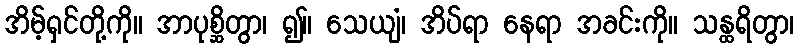
အိမ့်ရှင်တို့ကို။ အာပုစ္ဆိတွာ၊ ၍။ သေယျံ၊ အိပ်ရာ နေရာ အခင်းကို။ သန္ထရိတွာ၊